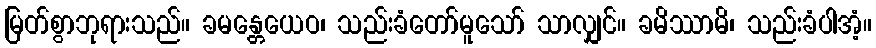
မြတ်စွာဘုရားသည်။ ခမန္တေယေဝ၊ သည်းခံတော်မူသော် သာလျှင်။ ခမိဿာမိ၊ သည်းခံပါအံ့။